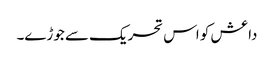
داعش کو اس تحریک سے جوڑے۔